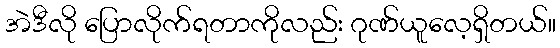
အဲဒီလို ပြောလိုက်ရတာကိုလည်း ဂုဏ်ယူလေ့ရှိတယ်။